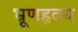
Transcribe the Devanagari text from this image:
भ्रूणहृदय